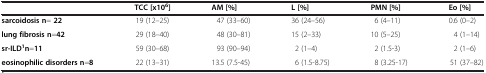
<table><thead><tr><td><b> </b></td><td><b>TCC [x10<sup>6</sup>]</b></td><td><b>AM [%]</b></td><td><b>L [%]</b></td><td><b>PMN [%]</b></td><td><b>Eo [%]</b></td></tr></thead><tbody><tr><td><b>sarcoidosis n= 22</b></td><td>19 (12–25)</td><td>47 (33–60)</td><td>36 (24–56)</td><td>6 (4–11)</td><td>0.6 (0–2)</td></tr><tr><td><b>lung fibrosis n</b>=<b>42</b></td><td>29 (18–40)</td><td>48 (30–81)</td><td>15 (2–33)</td><td>10 (5–25)</td><td>4 (1–14)</td></tr><tr><td><b>sr-ILD</b><sup><b>1</b></sup><b>n</b>=<b>11</b></td><td>59 (30–68)</td><td>93 (90–94)</td><td>2 (1–4)</td><td>2 (1.5-3)</td><td>2 (1–6)</td></tr><tr><td><b>eosinophilic disorders n</b>=<b>8</b></td><td>22 (13–31)</td><td>13.5 (7.5-45)</td><td>6 (1.5-8.75)</td><td>8 (3.25-17)</td><td>51 (37–82)</td></tr></tbody></table>